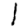
Digit: 1